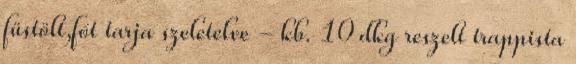
füstölt,főt tarja szeletelve - kb. 10 dkg reszelt trappista